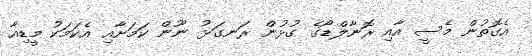
އެގޮތުން މެސީ އާއި ރޮނާލްޑޯގެ ގުޅުން ރަނގަޅު ނޫން ކަމަށާއި އެކަމަކު މީޑިއާ